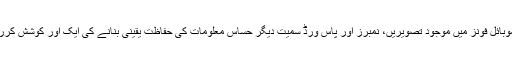
ماہرین موبائل فونز میں موجود تصویریں، نمبرز اور پاس ورڈ سمیت دیگر حساس معلومات کی حفاظت یقینی بنانے کی ایک اور کوشش کررہے ہیں۔